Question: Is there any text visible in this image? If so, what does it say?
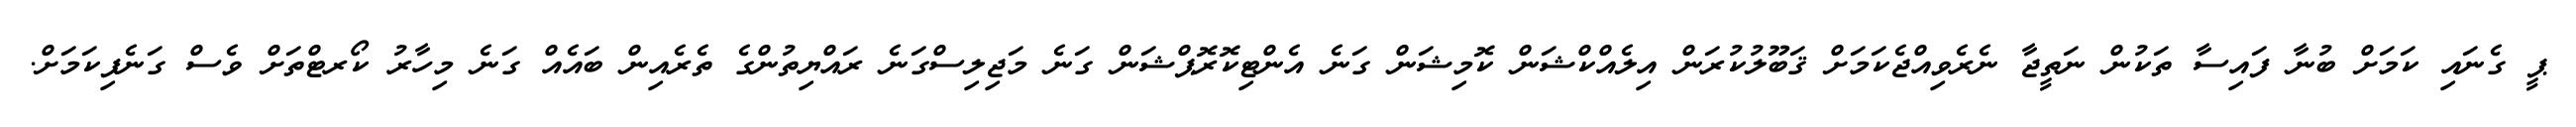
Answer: ޕީ ގެނައި ކަމަށް ބުނާ ފައިސާ ތަކުން ނަތީޖާ ނެރެވިއްޖެކަމަށް ޤަބޫލުކުރަން އިލެއްކްޝަން ކޮމިޝަން ގަނެ އެންޓިކޮރޮޕްޝަން ގަނެ މަޖިލިސްގަނެ ރައްޔިތުންގެ ތެރެއިން ބައެއް ގަނެ މިހާރު ކޯރޓްތަށް ވެސް ގަނެފިކަމަށް.